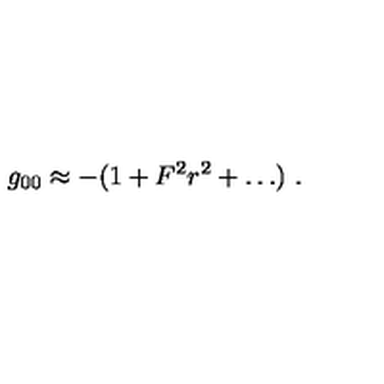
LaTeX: g _ { 0 0 } \approx - ( 1 + F ^ { 2 } r ^ { 2 } + \ldots ) \ .